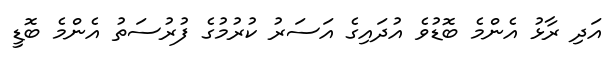
އަދި ރާޅު އެންމެ ބޮޑުވެ އުދައިގެ އަސަރު ކުރުމުގެ ފުރުސަތު އެންމެ ބޮޑީ